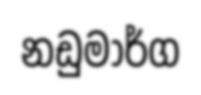
නඩුමාර්ග